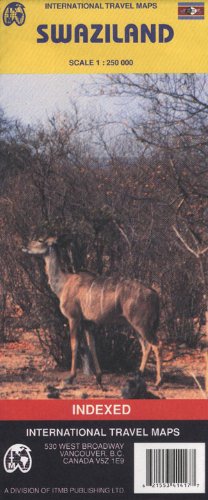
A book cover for Swaziland 1:250,000 Travel Map (Travel Reference Map); ITM Canada; Travel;